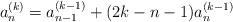
LaTeX: \begin{align*}a_{n}^{(k)} = a_{n-1}^{(k-1)}+(2k-n-1)a_{n}^{(k-1)}\end{align*}